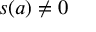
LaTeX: s ( a ) \neq 0